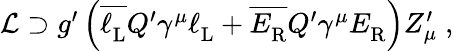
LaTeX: \begin{array}{r}{\mathcal{L}\supset g^{\prime}\left(\overline{{\ell_{\mathrm{L}}^{}}}Q^{\prime}\gamma^{\mu}\ell_{\mathrm{L}}^{}+\overline{{E_{\mathrm{R}}^{}}}Q^{\prime}\gamma^{\mu}E_{\mathrm{R}}^{}\right)Z_{\mu}^{\prime}\; ,}\end{array}